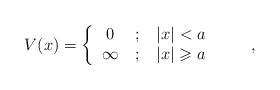
LaTeX: \begin{align*}V(x)=\left\{\begin{tabular}[c]{ccc}$0$ & $;$ & $\left\vert x\right\vert <a$\\$\infty$ & $;$ & $\left\vert x\right\vert \geqslant a$\end{tabular}\ \ \ \ \ \ \right. ,\end{align*}